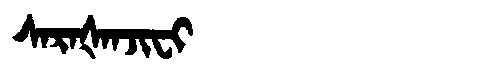
Manchu: ᠰᠠᡵᠠᡧᠠᠨᠵᡳᠸᡳ
Romanization: SARAŠANJIFI